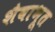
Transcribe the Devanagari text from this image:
शैवाभूत